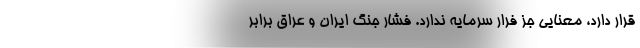
قرار دارد، معنایی جز فرار سرمایه ندارد. فشار جنگ ایران و عراق برابر